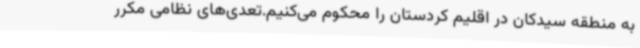
به منطقه سیدکان در اقلیم کردستان را محکوم می‌کنیم.تعدی‌های نظامی مکرر